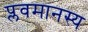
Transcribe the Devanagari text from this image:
प्लवमानस्य